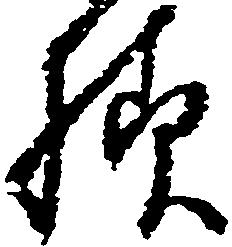
様